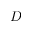
D